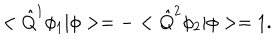
LaTeX: < \hat { Q } ^ { 1 } \phi _ { 1 } | \phi > = - < \hat { Q } ^ { 2 } \phi _ { 2 } | \phi > = 1 .